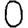
Digit: 0